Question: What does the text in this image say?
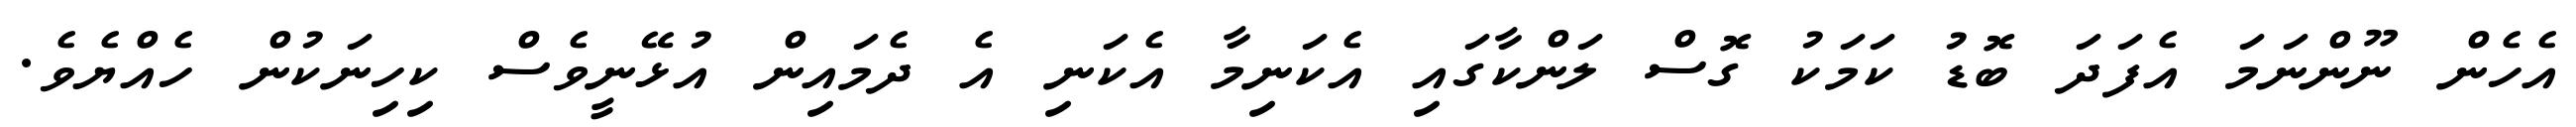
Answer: އެހެން ނޫންނަމަ އެފަދަ ބޮޑު ކަމަކު ގޮސް ލަންކާގައި އެކަނިމާ އެކަނި އެ ދެމައިން އުޅޭނީވެސް ކިހިނަކުން ހެއްޔެވެ.